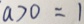
a > 0 = 1